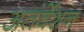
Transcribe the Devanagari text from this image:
अतंर्वेशन